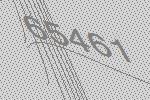
65461